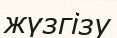
жүзгізу